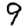
Digit: 9